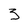
Character: 3